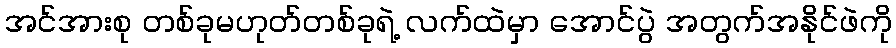
အင်အားစု တစ်ခုမဟုတ်တစ်ခုရဲ့ လက်ထဲမှာ အောင်ပွဲ အတွက်အနိုင်ဖဲကို